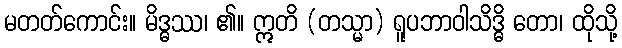
မတတ်ကောင်း။ မိဒ္ဓဿ၊ ၏။ ဣတိ (တသ္မာ) ရူပဘာဝါသိဒ္ဓိ တော၊ ထိုသို့